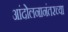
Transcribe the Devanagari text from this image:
आंदोलनानंतरच्या